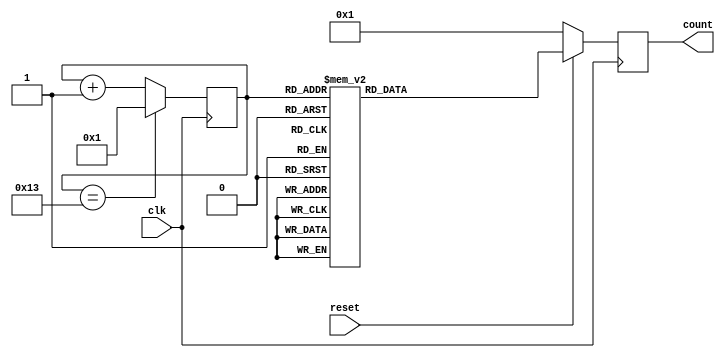
`timescale 10ns/1ns
module shift_counter(count,clk,reset);
  output reg [7:0]count;
  input clk,reset;
  reg [4:0]alarm=0;
  
  always @(posedge clk)
  begin
if(alarm==5'b10011)
  alarm<=5'b00001;
else alarm<=alarm+1;
  if (!reset)
    count<=8'b0000_0001;
  else
    begin
      case (alarm)
        5'b00001 : count<=8'b0000_0001;
        5'b00010 : count<=8'b0000_0001;
        5'b00011 : count<=8'b0000_0001;
        5'b00100 : count<=8'b0000_0001;
        5'b00101 : count<=8'b0000_0010;
        5'b00110 : count<=8'b0000_0100;
        5'b00111 : count<=8'b0000_1000;
        5'b01000 : count<=8'b0001_0000;
        5'b01001 : count<=8'b0010_0000;
        5'b01010 : count<=8'b0100_0000;
        5'b01011 : count<=8'b1000_0000;
        5'b01100 : count<=8'b0100_0000;
        5'b01101 : count<=8'b0010_0000;
        5'b01110 : count<=8'b0001_0000;
        5'b01111 : count<=8'b0000_1000;
        5'b10000 : count<=8'b0000_0100;
        5'b10001 : count<=8'b0000_0010;
        5'b10010 : count<=8'b0000_0001;
        default  : count<=1;
      endcase
    end
  end
    endmodule